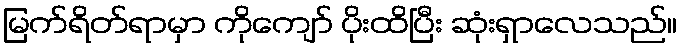
မြက်ရိတ်ရာမှာ ကိုကျော် ပိုးထိပြီး ဆုံးရှာလေသည်။